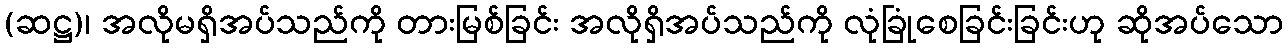
(ဆဋ္ဌ)၊ အလိုမရှိအပ်သည်ကို တားမြစ်ခြင်း အလိုရှိအပ်သည်ကို လုံခြုံစေခြင်းခြင်းဟု ဆိုအပ်သော